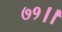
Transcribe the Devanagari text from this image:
७१।।